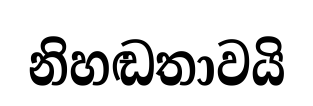
නිහඬතාවයි